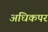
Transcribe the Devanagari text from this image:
अधिकपर